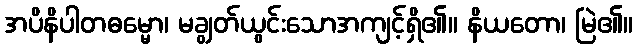
အပိနိပါတဓမ္မော၊ မချွတ်ယွင်းသောအကျင့်ရှိ၏။ နိယတော၊ မြဲ၏။